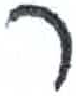
אות: ר